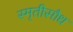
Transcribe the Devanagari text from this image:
स्मृतीसौध